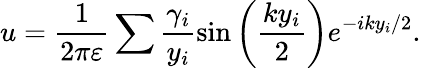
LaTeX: u=\frac{1}{2\pi\varepsilon}\sum\frac{\gamma_{i}}{y_{i}}\sin\left(\frac{ky_{i}}{2}\right)e^{-iky_{i}/2}.